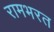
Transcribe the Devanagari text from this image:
रामभरत